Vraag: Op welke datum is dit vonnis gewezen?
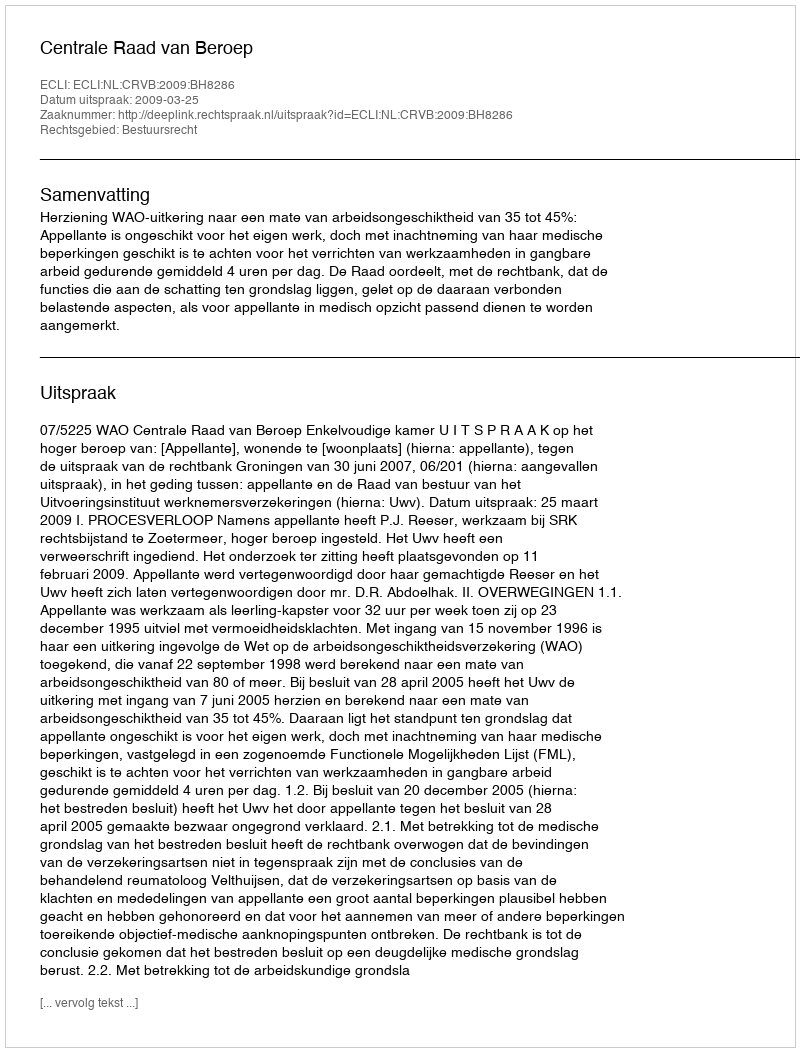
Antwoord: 2009-03-25